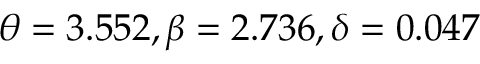
\theta = 3 . 5 5 2 , \beta = 2 . 7 3 6 , \delta = 0 . 0 4 7